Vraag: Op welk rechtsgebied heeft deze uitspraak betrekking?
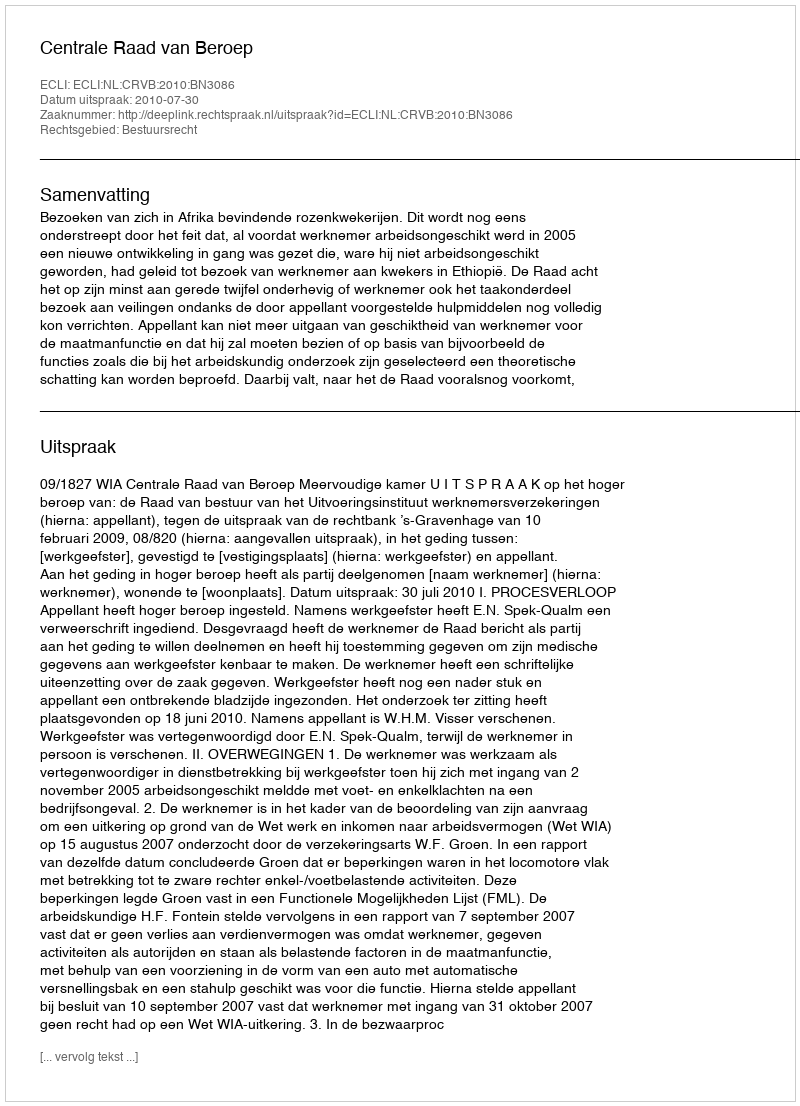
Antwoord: Bestuursrecht